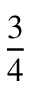
\frac 3 4